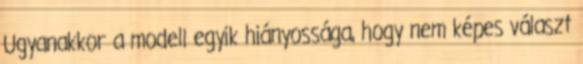
Ugyanakkor a modell egyik hiányossága, hogy nem képes választ